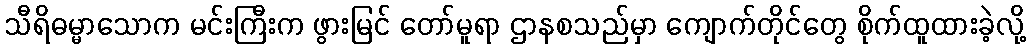
သီရိဓမ္မာသောက မင်းကြီးက ဖွားမြင် တော်မူရာ ဌာနစသည်မှာ ကျောက်တိုင်တွေ စိုက်ထူထားခဲ့လို့